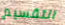
التقسيم